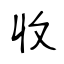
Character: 收